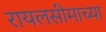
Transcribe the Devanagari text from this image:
रायलसीमाच्या